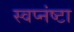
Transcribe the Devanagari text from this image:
स्वप्नंष्टा